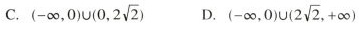
C. (- \infty ,0)\cup(0,2 \sqrt{2}) D. (- \infty ,0)\cup(2 \sqrt{2},+ \infty)